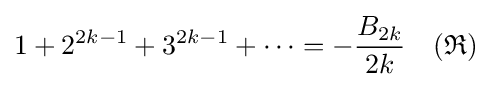
1+2^{2k-1}+3^{2k-1}+\cdots =-{\frac {B_{2k}}{2k}}\quad ({\mathfrak {R}})